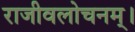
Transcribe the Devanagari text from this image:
राजीवलोचनम्‌।